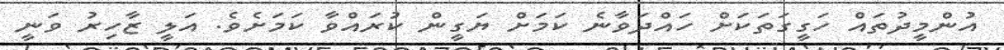
އުންމީދުތައް ހަގީގަތަކަށް ހައްދަވާނެ ކަމަށް ޔަގީން ކުރައްވާ ކަމަށެވެ. އަލީ ޒާހިރު ވަނީ